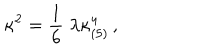
\kappa ^ { 2 } = \frac { 1 } { 6 } \; \lambda \kappa _ { ( 5 ) } ^ { 4 } \, ,